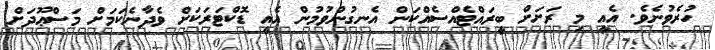
ހުރެވުނެވެ. އެއީ މި ރަށަށް ބީރައްޓެއްސެއްކަން އެނގުންވުމުން އެއީ ޑޮކްޓަރަކަށް ވެދާނެކަމަށް މަސްޢޫދަށް